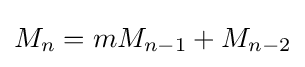
M_{n}=mM_{n-1}+M_{n-2}